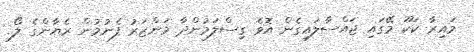
މައިރާ ކަކޫ މޭގައި ޖައްސާލައިގެން އޮވެ ގިސްލަމުންދާ މަންޒަރު ފެނުމުން ރެޔާންގެ ލޯ